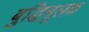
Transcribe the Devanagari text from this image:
बुद्धिमूलक